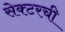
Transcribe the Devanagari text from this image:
सेक्टरची